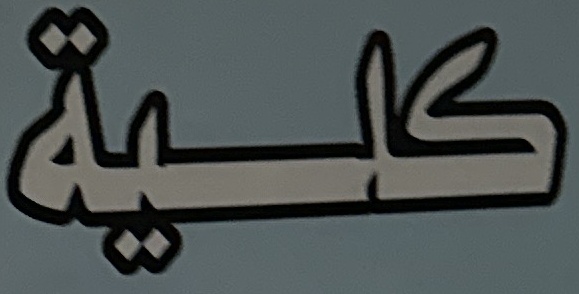
كلیة